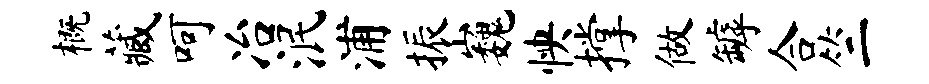
概藏呵冶泯浦振巍怏撑做罅合竺